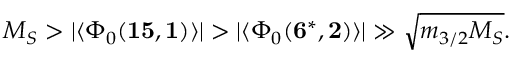
M _ { S } > | \langle \Phi _ { 0 } ( { \bf 1 5 , 1 } ) \rangle | > | \langle \Phi _ { 0 } ( { \bf 6 ^ { * } , 2 } ) \rangle | \gg \sqrt { m _ { 3 / 2 } M _ { S } } .